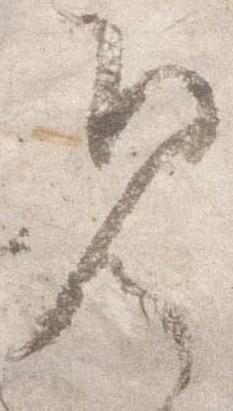
見